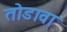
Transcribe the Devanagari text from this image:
तोडावा